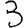
Digit: 3